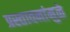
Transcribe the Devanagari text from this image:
प्रस्तावनांमुळे